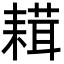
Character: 𦔋